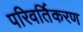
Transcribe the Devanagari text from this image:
परिवर्तिकरण